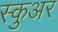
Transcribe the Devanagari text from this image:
स्कुअर